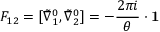
F _ { 1 2 } = [ \tilde { \nabla } _ { 1 } ^ { 0 } , \tilde { \nabla } _ { 2 } ^ { 0 } ] = - \frac { 2 \pi i } { \theta } \cdot { \bf 1 }